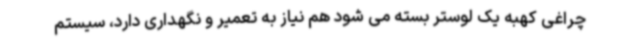
چراغی کهبه یک لوستر بسته می شود هم نیاز به تعمیر و نگهداری دارد، سیستم